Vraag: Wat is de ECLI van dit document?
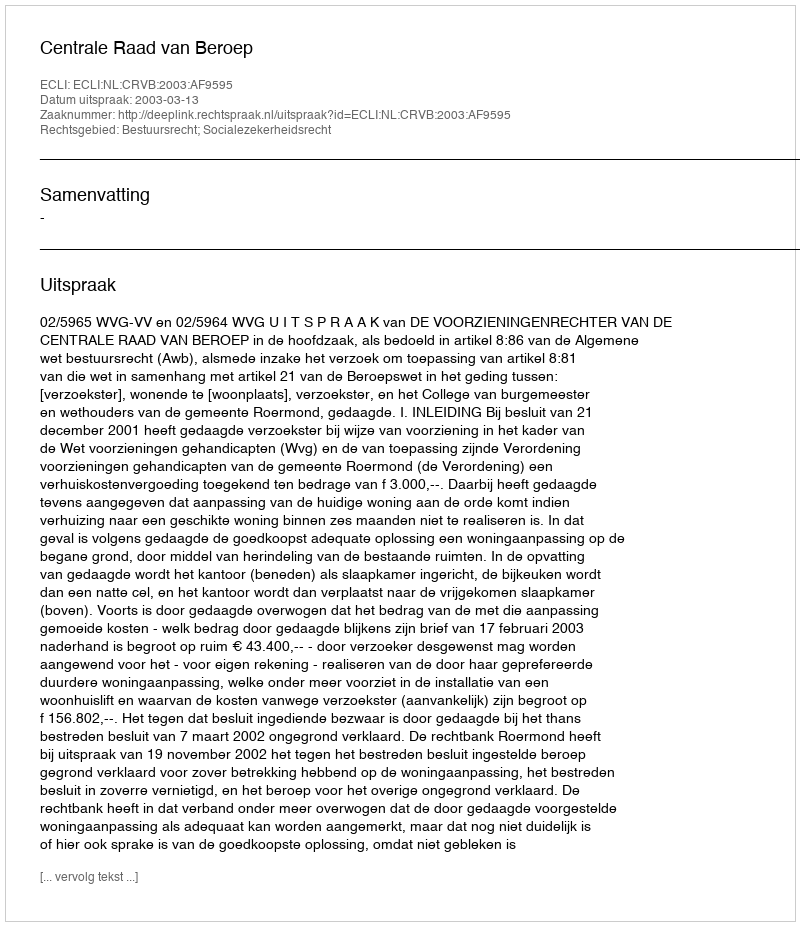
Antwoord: ECLI:NL:CRVB:2003:AF9595